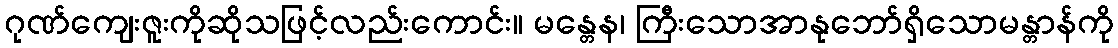
ဂုဏ်ကျေးဇူးကိုဆိုသဖြင့်လည်းကောင်း။ မန္တေန၊ ကြီးသောအာနုဘော်ရှိသောမန္တာန်ကို